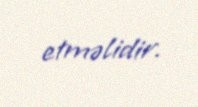
etməlidir.